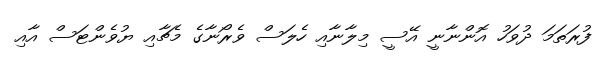
ފުރަތަމަ ދުވަހު އޮންނާނީ އޭސީ މިލާނާއި ހެލަސް ވެރޯނާގެ މެޗާއި ޔުވެންޓަސް އާއި